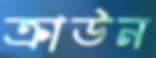
ক্রাউন